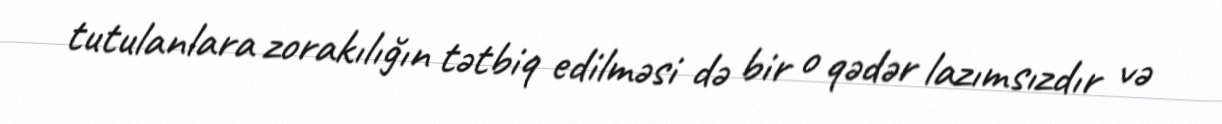
tutulanlara zorakılığın tətbiq edilməsi də bir o qədər lazımsızdır və